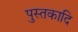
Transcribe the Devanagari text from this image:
पुस्तकादि